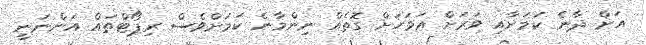
އަށް ދާނެ ކަމަށާއި ވަރަށް އަވަހަށް ގޮތެއް ނިންމާނެ ކަމަށްވެސް ރިޕޯޓްތައް އަންނަނީ